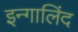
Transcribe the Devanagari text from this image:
इन्गालिंद